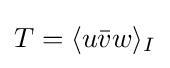
T=\langle u{\bar {v}}w\rangle _{I}